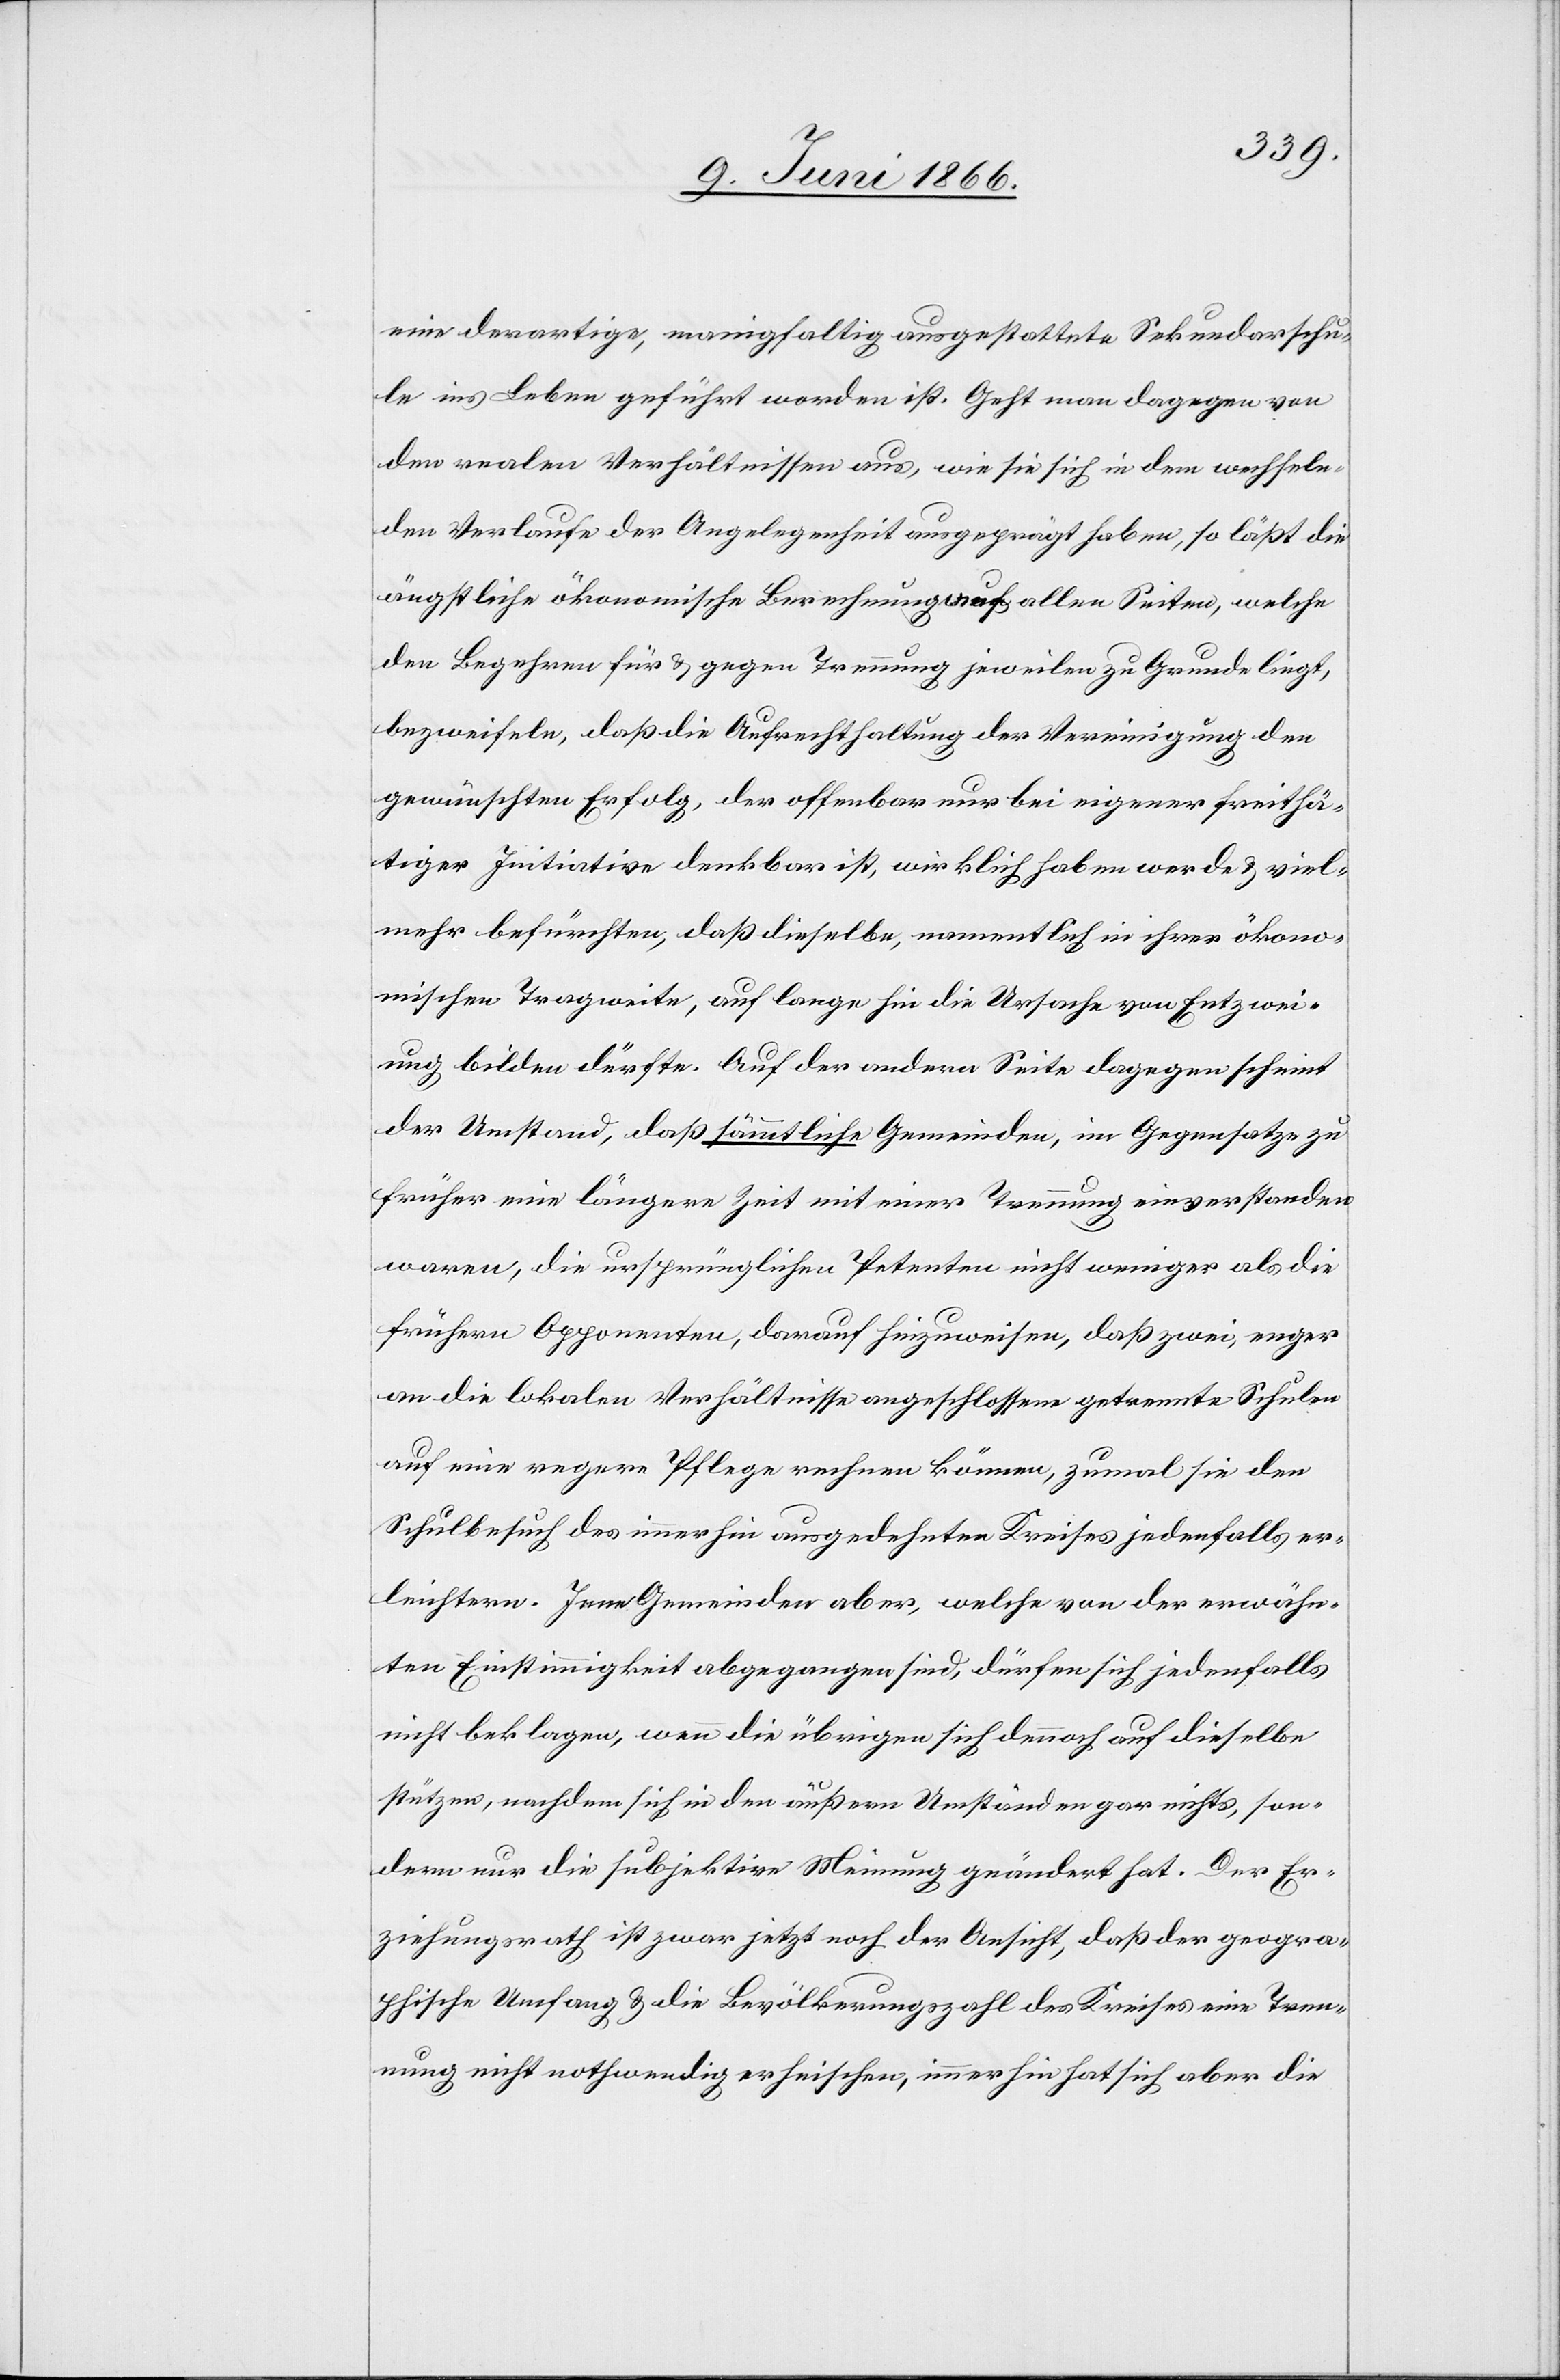
eine derartige, manigfaltig ausgestattete Sekundarschu¬
le ins Leben geführt worden ist. Geht man dagegen von
den realen Verhältnissen aus, wie sie sich in dem wechselha¬
ften Verlaufe der Angelegenheit ausgeprägt haben, so läßt die
ängstliche ökonomische Berechnung auf allen Seiten, welche
dem Begehren für u. gegen Trennung jeweilen zu Grunde liegt,
bezweifeln, daß die Aufrechterhaltung der Vereinigung den
gewünschten Erfolg, der offenbar nur bei eigener freithä¬
tiger Initiative denkbar ist, wirklich haben werde u. viel¬
mehr befürchten, daß dieselbe, namentlich in ihrer ökono¬
mischen Tragweite, auf lang hin die Ursache von Entzwei¬
ung bilden dürfte. Auf der andern Seite dagegen scheint
der Umstand, daß sämmtliche Gemeinden, im Gegensatze zu
früher eine längere Zeit mit einer Trennung einverstanden
waren, die ursprünglichen Petenten nicht weniger als die
frühern Opponenten, darauf hinzuweisen, daß zwei, enger
an die lokalen Verhältnisse angeschlossene getrennte Schulen
auf eine regere Pflege rechnen können, zumal sie den
Schulbesuch des immerhin ausgedehnten Kreises jedenfalls er¬
leichtern. Jene Gemeinden aber, welche von der erwähn¬
ten Einstimmigkeit abgegangen sind, dürfen sich jedenfalls
nicht beklagen, wenn die übrigen sich dennoch auf dieselbe
stützten, nachdem sich in den äußern Umständen gar nichts, son¬
dern nur die subjektive Meinung geändert hat. Der Er¬
ziehungsrath ist zwar jetzt noch der Ansicht, daß der geogra¬
phische Umfang u. die Bevölkerungszahl des Kreises eine Tren¬
nung nicht nothwendig erheischen, immerhin hat sich aber die